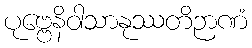
ပုဗ္ဗေနိဝါသာနုဿတိဉာဏံ